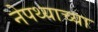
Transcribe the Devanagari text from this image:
नेपथ्याच्या